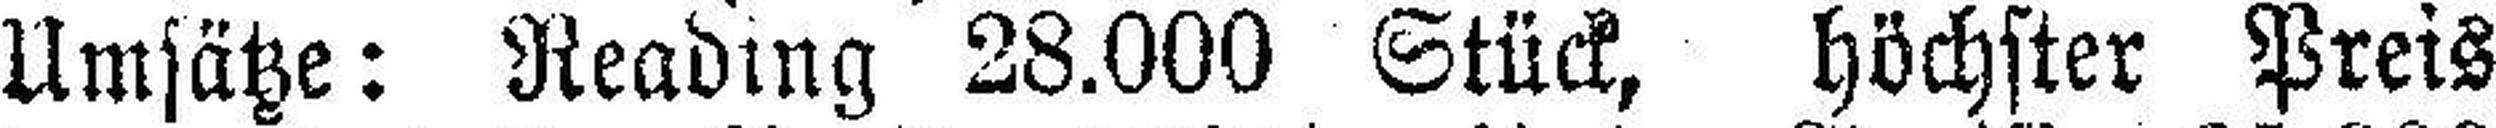
Umsätze: Reading 28.000 Stück, höchster Preis